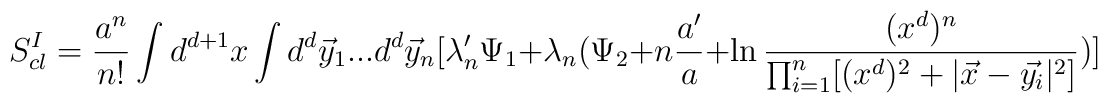
S_{cl}^{I}=\frac{a^{n}}{n!}\int d^{d+1}x\int d^{d}\vec{y}_{1}...d^{d}\vec{y}_{n}[\lambda'_{n}\Psi_{1}+\lambda_{n}(\Psi_{2}+n\frac{a'}{a}+\ln\frac{(x^{d})^{n}}{\prod_{i=1}^{n}[(x^{d})^{2}+|\vec{x}-\vec{y_{i}}|^{2}]})]